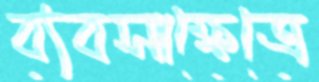
ব্যবসাক্ষেত্রে